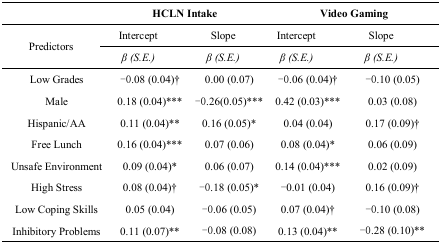
<table><thead><tr><td></td><td colspan="2"><b>HCLN Intake</b></td><td colspan="2"><b>Video Gaming</b></td></tr></thead><tbody><tr><td rowspan="2">Predictors</td><td>Intercept</td><td>Slope</td><td>Intercept</td><td>Slope</td></tr><tr><td><i>β (S.E.)</i></td><td><i>β (S.E.)</i></td><td><i>β (S.E.)</i></td><td><i>β (S.E.)</i></td></tr><tr><td>Low Grades</td><td>-0.08 (0.04)†</td><td>0.00 (0.07)</td><td>-0.06 (0.04)†</td><td>-0.10 (0.05)</td></tr><tr><td>Male</td><td>0.18 (0.04)***</td><td>-0.26 (0.05)***</td><td>0.42 (0.03)***</td><td>0.03 (0.08)</td></tr><tr><td>Hispanic/AA</td><td>0.11 (0.04)**</td><td>0.16 (0.05)*</td><td>0.04 (0.04)</td><td>0.17 (0.09)†</td></tr><tr><td>Free Lunch</td><td>0.16 (0.04)***</td><td>0.07 (0.06)</td><td>0.08 (0.04)*</td><td>0.06 (0.09)</td></tr><tr><td>Unsafe Environment</td><td>0.09 (0.04)*</td><td>0.06 (0.07)</td><td>0.14 (0.04)***</td><td>0.02 (0.09)</td></tr><tr><td>High Stress</td><td>0.08 (0.04)†</td><td>-0.18 (0.05)*</td><td>-0.01 (0.04)</td><td>0.16 (0.09)†</td></tr><tr><td>Low Coping Skills</td><td>0.05 (0.04)</td><td>-0.06 (0.05)</td><td>0.07 (0.04)†</td><td>-0.10 (0.08)</td></tr><tr><td>Inhibitory Problems</td><td>0.11 (0.07)**</td><td>-0.08 (0.08)</td><td>0.13 (0.04)**</td><td>-0.28 (0.10)**</td></tr></tbody></table>